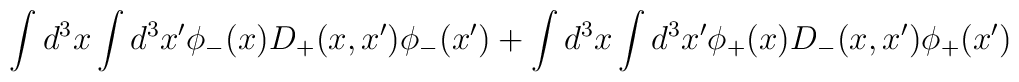
\int d^3x\int d^3x' \phi_-(x)D_+(x,x')\phi_-(x') +	\int d^3x\int d^3x' \phi_+(x) D_-(x,x') \phi_+(x')